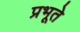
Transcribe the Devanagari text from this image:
प्रभूते